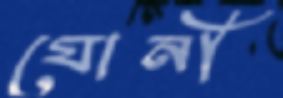
যোনী